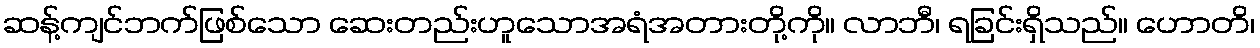
ဆန့်ကျင်ဘက်ဖြစ်သော ဆေးတည်းဟူသောအရံအတားတို့ကို။ လာဘီ၊ ရခြင်းရှိသည်။ ဟောတိ၊